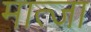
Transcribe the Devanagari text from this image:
मात्जा